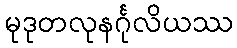
မုဒုတလုနင်္ဂုလိယဿ